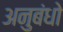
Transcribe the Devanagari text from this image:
अनुबंधो